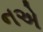
નએ